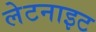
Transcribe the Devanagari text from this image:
लेटनाइट